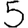
Digit: 5